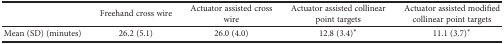
<table><thead><tr><td></td><td><b>Freehand cross wire</b></td><td><b>Actuator assisted cross wire</b></td><td><b>Actuator assisted collinear point targets</b></td><td><b>Actuator assisted modified collinear point targets </b></td></tr></thead><tbody><tr><td>Mean (SD) (minutes)</td><td>26.2 (5.1)</td><td>26.0 (4.0)</td><td>12.8 (3.4)<sup>∗</sup></td><td>11.1 (3.7)<sup>∗</sup></td></tr></tbody></table>